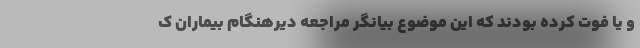
و یا فوت کرده بودند که این موضوع بیانگر مراجعه دیرهنگام بیماران ک